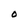
Character: O